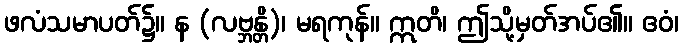
ဖလံသမာပတ်၌။ န (လဗ္ဘန္တိ)၊ မရကုန်။ ဣတိ၊ ဤသို့မှတ်အပ်၏။ ဧဝံ၊